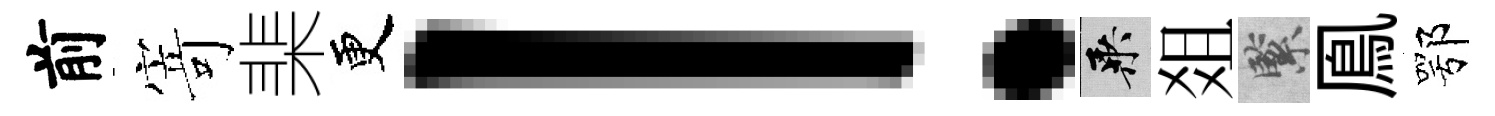
前𭔃棐更！乘爼緊鳯鄂